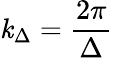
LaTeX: \mathit{k}_{\Delta}=\frac{{2\pi}}{{\Delta}}